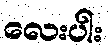
လေးပါး